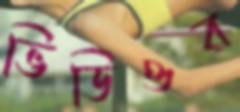
ভিডিওর